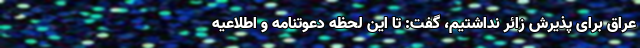
عراق برای پذیرش زائر نداشتیم، گفت: تا این لحظه دعوتنامه و اطلاعیه